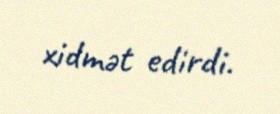
xidmət edirdi.